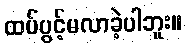
ထပ်ပွင့်မလာခဲ့ပါဘူး။